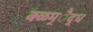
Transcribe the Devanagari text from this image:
क्ळम्ैद्ध